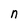
Character: n